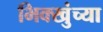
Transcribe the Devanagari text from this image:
भिक्खुंच्या